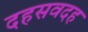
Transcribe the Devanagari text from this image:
दहसवदह